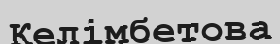
Келімбетова